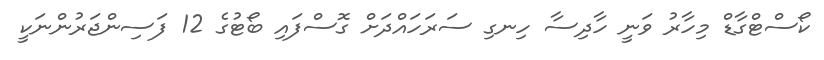
ކޯސްޓްގާޑް މިހާރު ވަނީ ހާދިސާ ހިނގި ސަރަހައްދަށް ގޮސްފައި ބޯޓުގެ 12 ފަސިންޖަރުންނަކީ